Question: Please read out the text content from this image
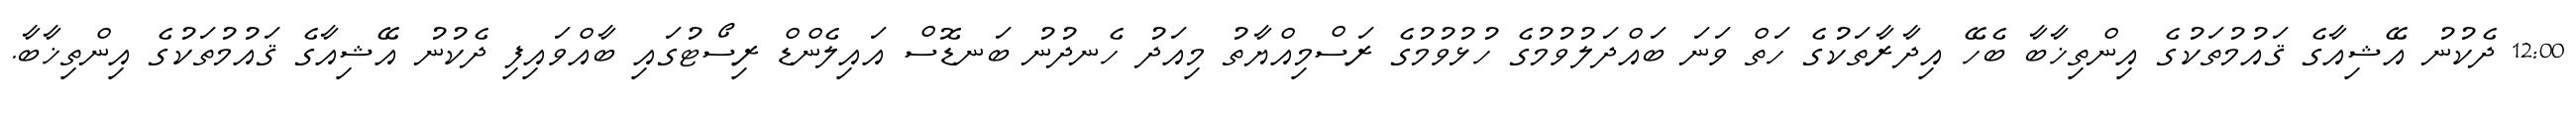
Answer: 12:00 ދެކުނު އޭޝިއާގެ ޤައުމުތަކުގެ އިންތިޚާބާ ބެހޭ އިދާރާތަކުގެ ހަތް ވަނަ ބައްދަލުވުމުގެ ހުޅުވުމުގެ ރަސްމިއްޔާތު މިއަދު ހެނދުނު ބަނޑޮސް އައިލެންޑް ރިސޯޓުގައި ބާއްވައިފި ދެކުނު އޭޝިއާގެ ޤައުމުތަކުގެ އިންތިޚާބާ.